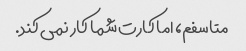
متاسفم، اما کارت شما کار نمی کند.